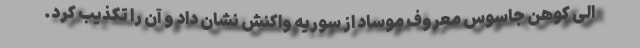
الی کوهن جاسوس معروف موساد از سوریه واکنش نشان داد و آن را تکذیب کرد.